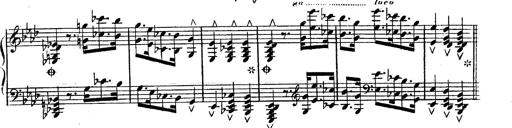
Title: Hexameron, Morceau de Concert
Composer: Franz Liszt